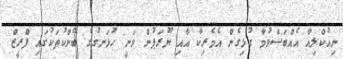
ނިއުކްލިއާ އެއްބަސްވުމާ ގުޅިގެން އެމެރިކާ އާއި ޔޫރަޕުން ވަނީ ހުޅަނގުގެ ބޭންކުތަކުގައި ފްރީޒް